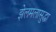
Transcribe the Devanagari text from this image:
झेलमलासुद्धा